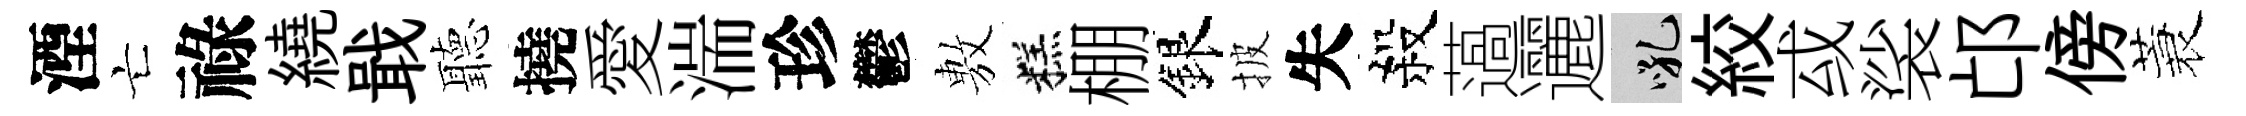
湮亡祿繞戢聽撓愛湍珍鬱𢾾糕棚銀披失殺薖邐吼絞㦯裟邙傍蓑